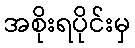
အစိုးရပိုင်းမှ